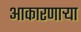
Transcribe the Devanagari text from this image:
आकारणार्‍या